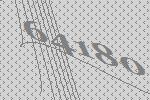
64180